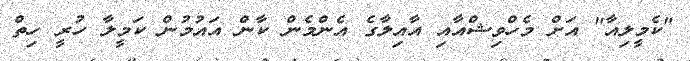
"ކެމީލިއާ" އަށް މެހްވިޝްއާއި އާއިލާގެ އެންމެން ކާން އައުމުން ކަމީލާ ހުރީ ހިތް